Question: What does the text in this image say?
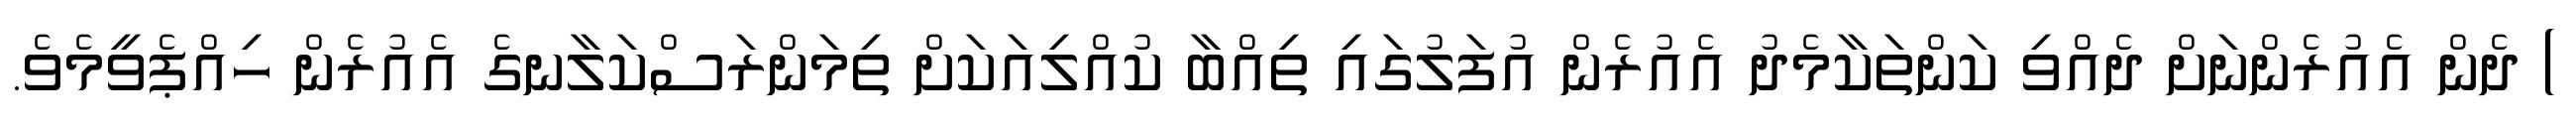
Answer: ) ދެން އެއުރެންނަށް ދެއްވި ކަންތަކާމެދު އެއުރެން އުފަލުގައި ތިއްބާ ކުއްލިއަކަށް ތިމަންރަސްކަލާނގެ އެއުރެން ހިއްޕެވީމެވެ.